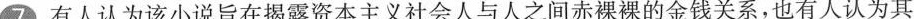
7 有人认为该小说旨在揭露资本主义社会人与人之间赤裸裸的金钱关系，也有人认为其